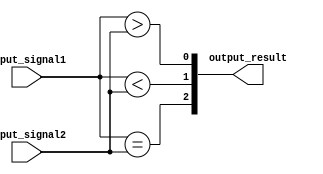
module comparator (
    input [15:0] input_signal1,
    input [15:0] input_signal2,
    output [2:0] output_result
);

assign output_result[0] = (input_signal1 > input_signal2);
assign output_result[1] = (input_signal1 < input_signal2);
assign output_result[2] = (input_signal1 == input_signal2);

endmodule